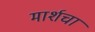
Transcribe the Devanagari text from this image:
मार्शचा